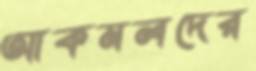
আকমলদের